system: You are a helpful assistant.
user:
Analyze the provided spectrum to determine if it is a **White Dwarf (WD)**.

A White Dwarf spectrum is defined by its **extreme purity** (due to gravitational settling) and/or **extreme pressure broadening** (due to high surface gravity). You must check for one of the following mutually exclusive signatures:

- **Key Visual Indicators (Check for ONE of these types):**

    - **1. DA-Type Signature (Most Common):**
        - **(Primary Feature):** Extreme pressure broadening (Stark broadening) of the **Hydrogen (H) Balmer lines**.
        - **(Key Lines):** $H\beta$ (approx. $4861$ Å) and $H\gamma$ (approx. $4340$ Å). $H\alpha$ (approx. $6563$ Å) will also be present if the wavelength range covers it.
        - **(Line Profile):** This is the **defining feature**. The lines are **NOT** sharp. They appear as massive, **extremely broad and deep "troughs" or "dips"** in the spectrum, often hundreds of Ångströms wide. The continuum will appear to "scoop" down at these wavelengths.
        - **(Distinction):** Normal A-type or B-type stars have *narrow* and *sharp* Hydrogen lines. A DA White Dwarf's lines are unmistakably "smeared" or "blurry" from pressure.

    - **2. DB-Type Signature:**
        - **(Primary Feature):** Broad absorption lines from **Neutral Helium (He I)**. The spectrum must lack any visible Hydrogen lines.
        - **(Key Lines):** Look for broad absorption near $4471$ Å, $4921$ Å, and $5876$ Å.
        - **(Line Profile):** These lines are also significantly pressure-broadened, appearing much wider than they would in a normal B-type main-sequence star.

    - **3. DC-Type Signature:**
        - **(Primary Feature):** A **featureless continuous spectrum**.
        - **(Line Profile):** The spectrum is a smooth curve with **no significant absorption or emission lines**.
        - **(Key Confirmation):** The continuum is almost always **blue or white**, indicating a hot object. This signature implies the atmosphere is so pure (or so cool) that no spectral lines are visible in the optical range. Its WD identity is confirmed by its extremely low intrinsic brightness (high absolute magnitude).

    - **4. DZ-Type Signature (Metal-Polluted):**
        - **(Primary Feature):** **Isolated, narrow metal absorption lines** on an otherwise featureless (DC-like) continuum.
        - **(Key Lines):** The **Calcium (Ca II) H & K doublet** (approx. **$3934$ Å** and **$3968$ Å**) is the most common and defining feature.
        - **(Line Profile):** These lines are "out of place." They are *not* part of a "forest" of thousands of lines. This signature is evidence of recent *accretion* (pollution) from rocky debris.
        - **(Distinction):** Normal G/K/M stars have a *dense forest* of thousands of metal lines. A DZ has a *clean* continuum with *only a few* strong metal lines.

    - **5. DQ-Type Signature (Carbon-Polluted):**
        - **(Primary Feature):** Absorption bands from **Carbon (C₂ "Swan Bands" or atomic C I)**.
        - **(Key Lines - C₂):** Look for bandheads with a "saw-tooth" shape near $5635$ Å, **$5165$ Å** (strongest), and $4737$ Å.
        - **(Key Confirmation):** The underlying **continuum must be blue or white** (hot).
        - **(Distinction):** This is the critical difference from a **Carbon Star**, which has the *exact same* C₂ bands but on an extremely **red, cool** continuum.

- **(Overall Spectrum):**
    - The continuum (overall shape) is typically **blue-sloping** (brighter in the blue than the red), as most white dwarfs are very hot.
    - The spectrum will look "pure" or "simple," dominated by only *one* of the five signatures listed above.

Think first, call **spectral_visualization_tool** if needed to examine features in detail, then provide your final answer. Your response must adhere to the following strict rules:
1.  **Overall Structure:** Your response must follow the format `<think>...</think> <tool_call>...</tool_call> (if a tool is used) <answer>...</answer>`.
2.  **Tool Usage Constraint:** You may only make **one** tool call per turn.
3.  **Final Answer Format:** In the `<answer>` tag, your conclusion must be inside a `\boxed{}` command (e.g., `\boxed{YES}` or `\boxed{NO}`), followed by your justification.

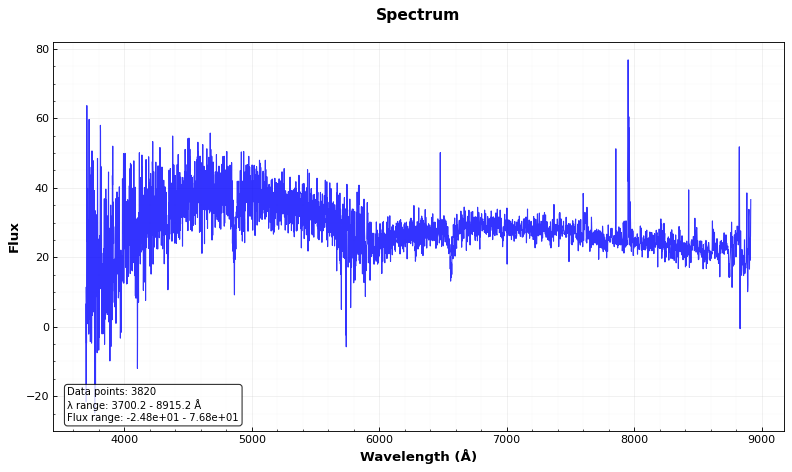
Answer: YES